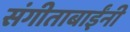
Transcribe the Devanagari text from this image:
संगीताबाईंनी